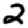
Digit: 2